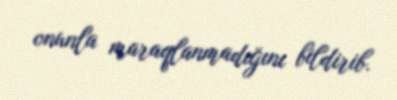
onunla maraqlanmadığını bildirib.